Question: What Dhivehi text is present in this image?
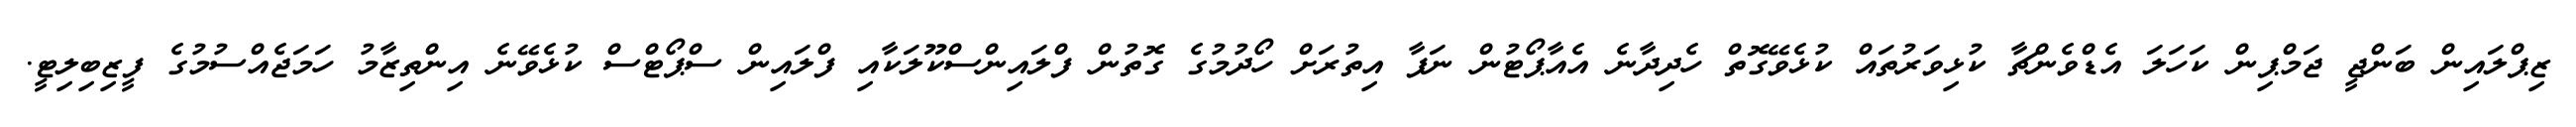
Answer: ޒިޕްލައިން ބަންޖީ ޖަމްޕިން ކަހަލަ އެޑްވެންޗާ ކުޅިވަރުތައް ކުޅެވޭގޮތް ހެދިދާނެ އެއާޕޯޓުން ނަފާ އިތުރަށް ހޯދުމުގެ ގޮތުން ފްލައިންސްކޫލަކާއި ފްލައިން ސްޕޯޓްސް ކުޅެވޭނެ އިންތިޒާމު ހަމަޖެއްސުމުގެ ފީޒިބިލިޓީ.